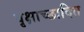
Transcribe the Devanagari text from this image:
वृक्षाच्छादित